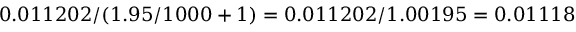
0 . 0 1 1 2 0 2 / ( 1 . 9 5 / 1 0 0 0 + 1 ) = 0 . 0 1 1 2 0 2 / 1 . 0 0 1 9 5 = 0 . 0 1 1 1 8